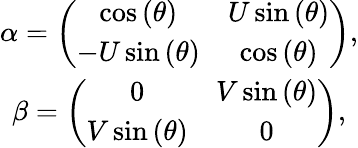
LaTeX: \begin{array}{c}{{\alpha=\left(\begin{array}{cc}{{\cos\left(\theta\right)}}&{{U\sin\left(\theta\right)}}\\ {{-U\sin\left(\theta\right)}}&{{\cos\left(\theta\right)}}\end{array}\right),}}\\ {{\beta=\left(\begin{array}{cc}{{0}}&{{V\sin\left(\theta\right)}}\\ {{V\sin\left(\theta\right)}}&{{0}}\end{array}\right),}}\end{array}